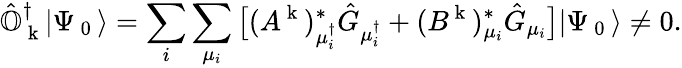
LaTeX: \hat{\mathbb{O}}_{\mathrm{~k~}}^{\dagger}|\Psi_{\mathrm{~0~}}\rangle=\sum_{i}\sum_{\mu_{i}}\big[(A^{\mathrm{~k~}})_{\mu_{i}^{\dagger}}^{*}\hat{G}_{\mu_{i}^{\dagger}}+(B^{\mathrm{~k~}})_{\mu_{i}}^{*}\hat{G}_{\mu_{i}}\big]|\Psi_{\mathrm{~0~}}\rangle\neq 0.